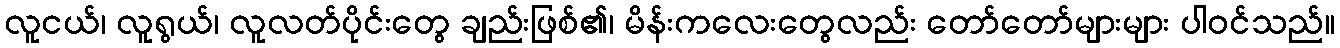
လူငယ်၊ လူရွယ်၊ လူလတ်ပိုင်းတွေ ချည်းဖြစ်၏၊ မိန်းကလေးတွေလည်း တော်တော်များများ ပါဝင်သည်။